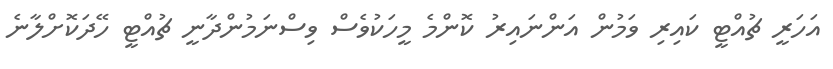
އަހަރީ ޗުއްޓީ ކައިރި ވަމުން އަންނައިރު ކޮންމެ މީހަކުވެސް ވިސްނަމުންދާނީ ޗުއްޓީ ހޭދަކޮށްލާނެ